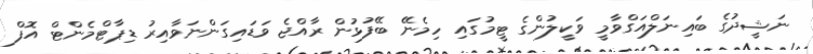
ނަޝީދުގެ ބައިނަލްއަގްވާމީ ވަކީލުންގެ ޓީމުގައި ހިމެނޭ ބޭފުޅުން ރާއްޖެ ވަޑައިގަންނަވާއިރު ޑިޕާޓްމެންޓް އޮފް